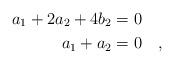
LaTeX: \begin{align*} & \phantom{o} & a_1+ 2a_2 +4b_2 &= 0 \ \ \ \\& \phantom{o} & a_1+a_2 &= 0 \ \ \ , \end{align*}